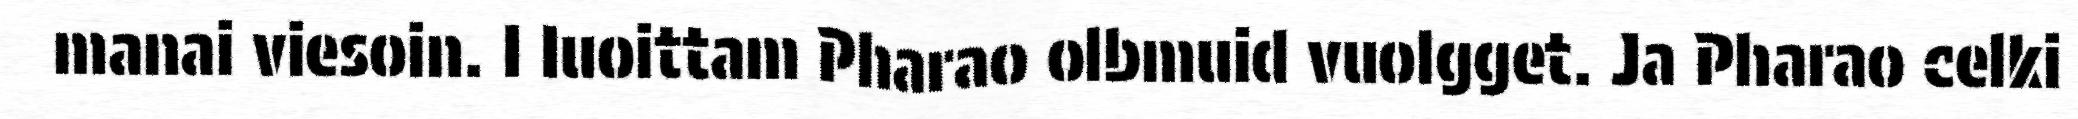
manai viesoin. I Iuoittam Pharao olbmuid vuolgget. Ja Pharao celki